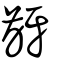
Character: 齖